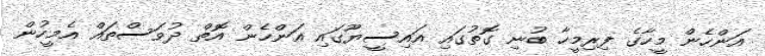
އަންހެން މީހާގެ ފިރިމީހާ ބުނި ގޮތުގައި އައިސީޔޫގައި އަންހެން އޮތް ދުވަސްތައް އެމީހުން